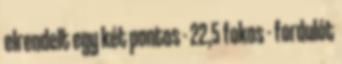
elrendelt egy két pontos - 22,5 fokos - fordulót